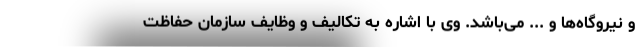
و نیروگاه‌ها و ... می‌باشد. وی با اشاره به تکالیف و وظایف سازمان حفاظت